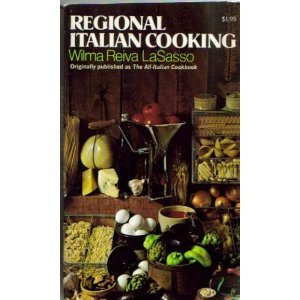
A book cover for Regional Italian Cooking; WILMA REIVA LASASSO; Cookbooks, Food & Wine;